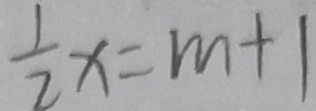
\frac { 1 } { 2 } x = m + 1